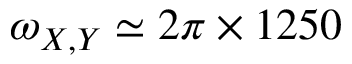
\omega _ { X , Y } \simeq 2 \pi \times 1 2 5 0